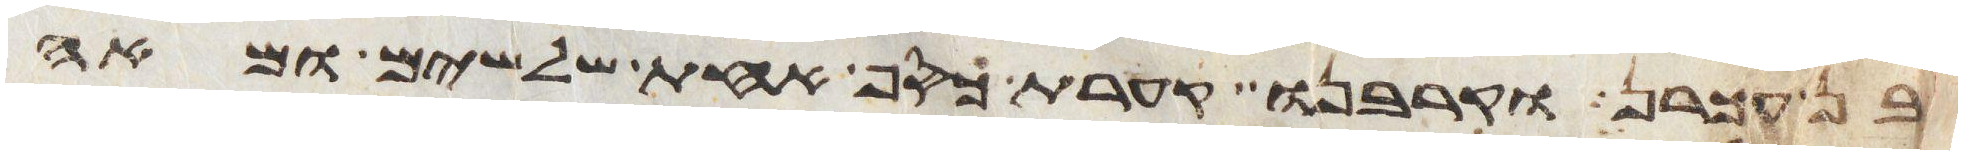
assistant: בן עכרן וקרבנו קערת כסף אחת שלשים ומאה